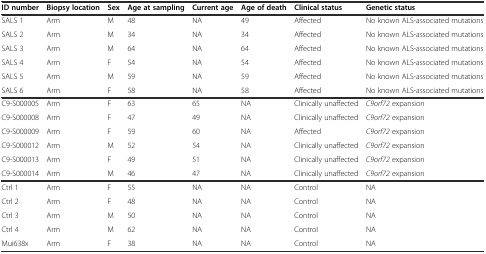
<table><thead><tr><td><b>ID number</b></td><td><b>Biopsy location</b></td><td><b>Sex</b></td><td><b>Age at sampling</b></td><td><b>Current age</b></td><td><b>Age of death</b></td><td><b>Clinical status</b></td><td><b>Genetic status</b></td></tr></thead><tbody><tr><td>SALS 1</td><td>Arm</td><td>M</td><td>48</td><td>NA</td><td>49</td><td>Affected</td><td>No known ALS-associated mutations</td></tr><tr><td>SALS 2</td><td>Arm</td><td>M</td><td>34</td><td>NA</td><td>34</td><td>Affected</td><td>No known ALS-associated mutations</td></tr><tr><td>SALS 3</td><td>Arm</td><td>M</td><td>64</td><td>NA</td><td>64</td><td>Affected</td><td>No known ALS-associated mutations</td></tr><tr><td>SALS 4</td><td>Arm</td><td>F</td><td>54</td><td>NA</td><td>54</td><td>Affected</td><td>No known ALS-associated mutations</td></tr><tr><td>SALS 5</td><td>Arm</td><td>M</td><td>59</td><td>NA</td><td>59</td><td>Affected</td><td>No known ALS-associated mutations</td></tr><tr><td>SALS 6</td><td>Arm</td><td>F</td><td>58</td><td>NA</td><td>58</td><td>Affected</td><td>No known ALS-associated mutations</td></tr><tr><td>C9-S000005</td><td>Arm</td><td>F</td><td>63</td><td>65</td><td>NA</td><td>Clinically unaffected</td><td><i>C9orf72</i> expansion</td></tr><tr><td>C9-S000008</td><td>Arm</td><td>F</td><td>47</td><td>49</td><td>NA</td><td>Clinically unaffected</td><td><i>C9orf72</i> expansion</td></tr><tr><td>C9-S000009</td><td>Arm</td><td>F</td><td>59</td><td>60</td><td>NA</td><td>Affected</td><td><i>C9orf72</i> expansion</td></tr><tr><td>C9-S000012</td><td>Arm</td><td>M</td><td>52</td><td>54</td><td>NA</td><td>Clinically unaffected</td><td><i>C9orf72</i> expansion</td></tr><tr><td>C9-S000013</td><td>Arm</td><td>F</td><td>49</td><td>51</td><td>NA</td><td>Clinically unaffected</td><td><i>C9orf72</i> expansion</td></tr><tr><td>C9-S000014</td><td>Arm</td><td>M</td><td>46</td><td>47</td><td>NA</td><td>Clinically unaffected</td><td><i>C9orf72</i> expansion</td></tr><tr><td>Ctrl 1</td><td>Arm</td><td>F</td><td>55</td><td>NA</td><td>NA</td><td>Control</td><td>NA</td></tr><tr><td>Ctrl 2</td><td>Arm</td><td>F</td><td>48</td><td>NA</td><td>NA</td><td>Control</td><td>NA</td></tr><tr><td>Ctrl 3</td><td>Arm</td><td>M</td><td>50</td><td>NA</td><td>NA</td><td>Control</td><td>NA</td></tr><tr><td>Ctrl 4</td><td>Arm</td><td>M</td><td>62</td><td>NA</td><td>NA</td><td>Control</td><td>NA</td></tr><tr><td>Mui638x</td><td>Arm</td><td>F</td><td>38</td><td>NA</td><td>NA</td><td>Control</td><td>NA</td></tr></tbody></table>